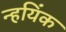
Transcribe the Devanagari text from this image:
न्हयिंक